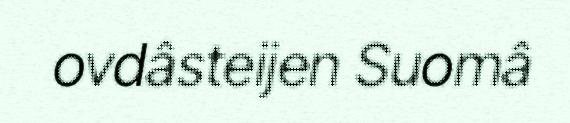
ovdâsteijen Suomâ